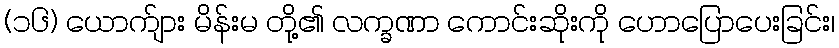
(၁၆) ယောက်ျား မိန်းမ တို့၏ လက္ခဏာ ကောင်းဆိုးကို ဟောပြောပေးခြင်း၊